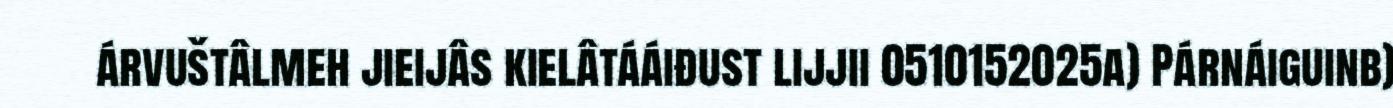
árvuštâlmeh jieijâs kielâtááiđust lijjii 0510152025a) Párnáiguinb)